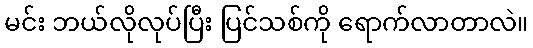
မင်း ဘယ်လိုလုပ်ပြီး ပြင်သစ်ကို ရောက်လာတာလဲ။